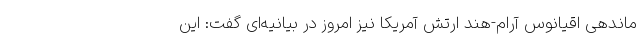
ماندهی اقیانوس آرام-هند ارتش آمریکا نیز امروز در بیانیه‌ای گفت: این